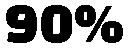
90%